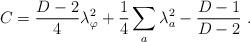
LaTeX: \begin{align*}C = {D-2\over4} \lambda_\varphi^2 + {1\over4}\sum_a \lambda_a^2 - {D-1 \over D-2} \ .\end{align*}